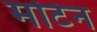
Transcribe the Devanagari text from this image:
मोटेन